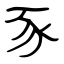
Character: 豕